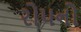
રોપનો